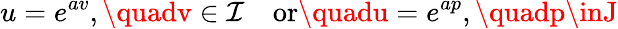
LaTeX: u=e^{av},\quadv\in\mathcal{I}\quad{\mathrm{{or}}}\quadu=e^{ap},\quadp\inJ